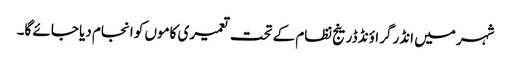
شہر میں انڈر گراؤنڈ ڈرینج نظام کے تحت تعمیری کاموں کو انجام دیا جائے گا۔